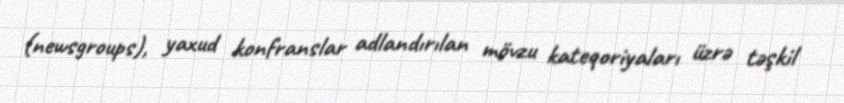
(newsgroups), yaxud konfranslar adlandırılan mövzu kateqoriyaları üzrə təşkil